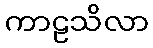
ကာဠသိလာ